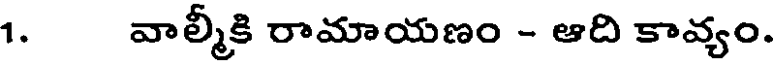
1. వాల్మీకి రామాయణం - ఆది కావ్యం.